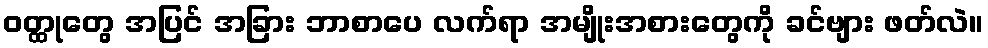
ဝတ္ထုတွေ အပြင် အခြား ဘာစာပေ လက်ရာ အမျိုးအစားတွေကို ခင်ဗျား ဖတ်လဲ။